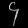
Digit: ၄